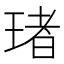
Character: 琽